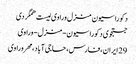
دکوراسیون منزل وراوی لیست همگردی
جستجوی دکوراسیون-منزل-وراوی
29 ایران، فارس، حاجی آباد، مهر وراوی